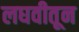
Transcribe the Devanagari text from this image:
लघवीतून